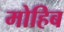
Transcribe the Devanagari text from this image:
मोहिब